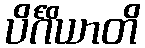
ပိင်္ဂိယာတိ